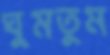
ঘুমতুম